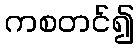
ကစတင်၍